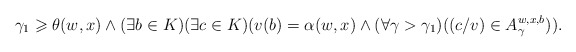
\begin{align*}\gamma_1\geqslant \theta(w,x) \wedge (\exists b\in K) (\exists c\in K) (v(b)=\alpha(w,x) \wedge (\forall \gamma>\gamma_1) ((c/v)\in A_\gamma^{w,x,b})). \end{align*}